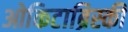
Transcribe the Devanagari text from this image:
ओकिटाब्रिस्की